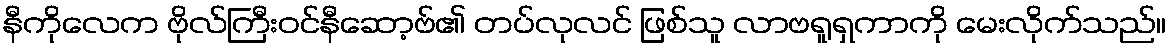
နီကိုလေက ဗိုလ်ကြီးဝင်နီဆော့ဗ်၏ တပ်လုလင် ဖြစ်သူ လာဗရူရှကာကို မေးလိုက်သည်။